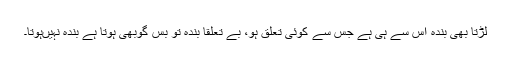
لڑتا بھی بندہ اس سے ہی ہے جس سے کوئی تعلق ہو، بے تعلقا بندہ تو بس گوبھی ہوتا ہے بندہ نہیں‌ہوتا۔